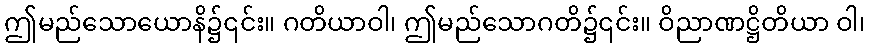
ဤမည်သောယောနိ၌၎င်း။ ဂတိယာဝါ၊ ဤမည်သောဂတိ၌၎င်း။ ဝိညာဏဋ္ဌိတိယာ ဝါ၊